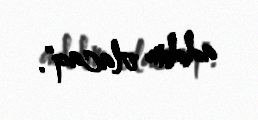
addım olacaq".